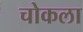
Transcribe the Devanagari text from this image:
चोकला